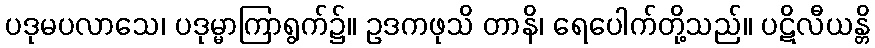
ပဒုမပလာသေ၊ ပဒုမ္မာကြာရွက်၌။ ဥဒကဖုသိ တာနိ၊ ရေပေါက်တို့သည်။ ပဋိလီယန္တိ